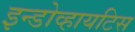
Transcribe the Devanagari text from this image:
इन्डोव्हायटिस